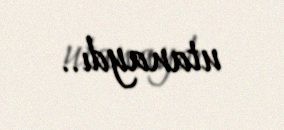
utanaydı..